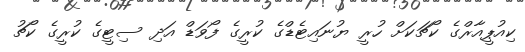
ކިއުޕީއާރްގެ ކޯޗަކަށް ހުރީ ޔުނައިޓެޑްގެ ކުރީގެ ފޯވަޑް އަދި ސިޓީގެ ކުރީގެ ކޯޗު